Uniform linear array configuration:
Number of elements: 12
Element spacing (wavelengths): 0.25
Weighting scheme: hamming
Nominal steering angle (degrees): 0
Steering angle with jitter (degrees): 1.693
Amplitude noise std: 0.05
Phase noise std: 0.05

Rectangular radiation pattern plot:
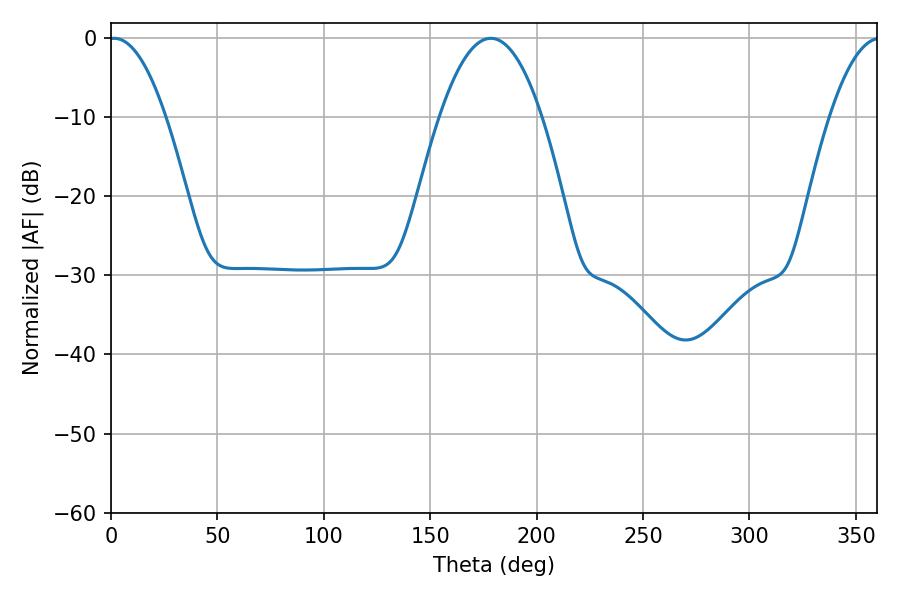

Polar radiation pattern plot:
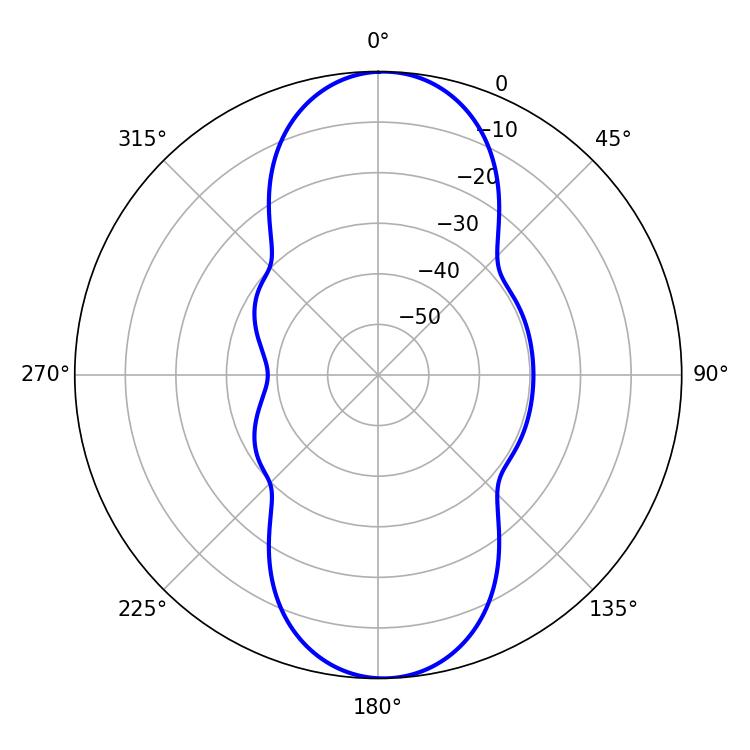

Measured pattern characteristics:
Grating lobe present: FALSE
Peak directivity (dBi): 18.473
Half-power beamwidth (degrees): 14.76
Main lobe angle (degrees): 1.44